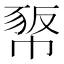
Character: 𢃻